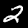
Label: 2